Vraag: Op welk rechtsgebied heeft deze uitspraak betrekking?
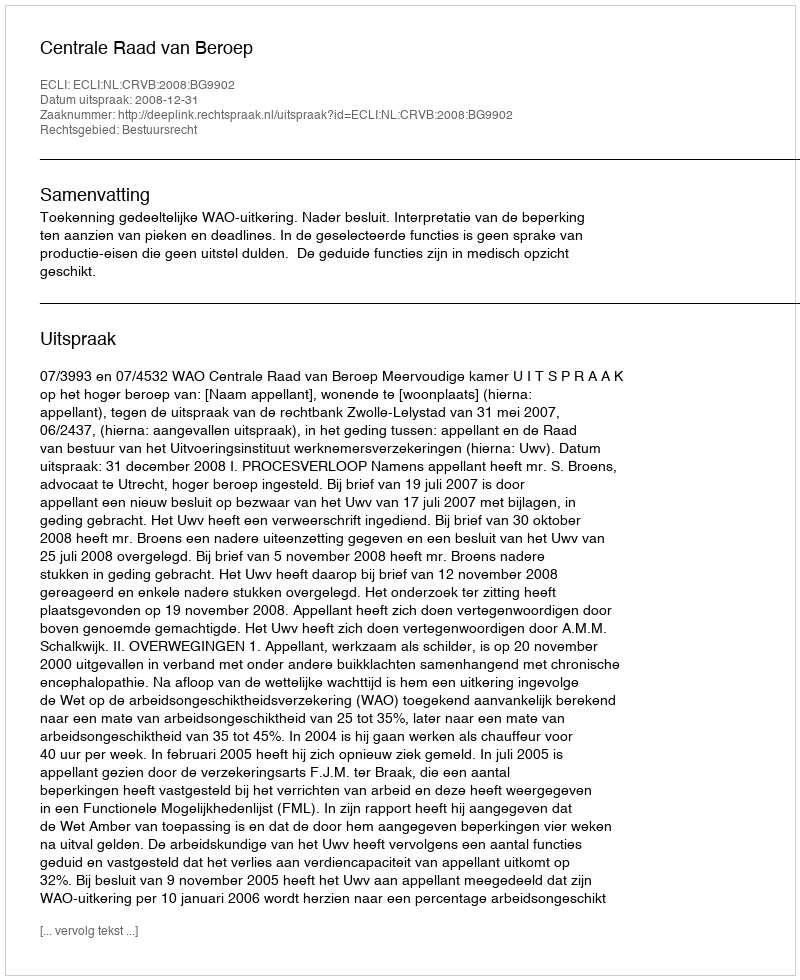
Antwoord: Bestuursrecht